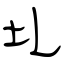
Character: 圠